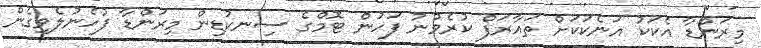
މިރަންޑާ އެކަކު އަނެކަކަށް ތައާރަފް ކުރެވުނު ފަހުން ޓޮމްގެ ސިނކުޑިން މިރަންޑާ ފުހެނުލެވިގެން